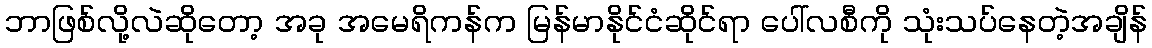
ဘာဖြစ်လို့လဲဆိုတော့ အခု အမေရိကန်က မြန်မာနိုင်ငံဆိုင်ရာ ပေါ်လစီကို သုံးသပ်နေတဲ့အချိန်